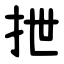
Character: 抴